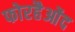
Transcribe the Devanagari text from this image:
फोरहैओंद